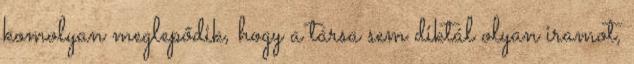
komolyan meglepődik, hogy a társa sem diktál olyan iramot,